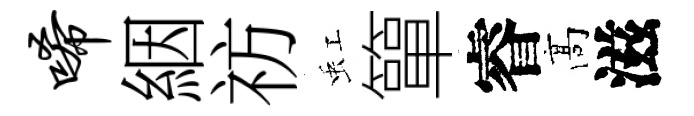
唏絪祊虹簞睿髙滋